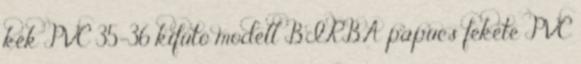
kék PVC 35-36 kifutó modell BIRBA papucs fekete PVC